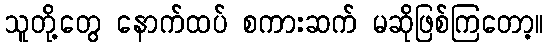
သူတို့တွေ နောက်ထပ် စကားဆက် မဆိုဖြစ်ကြတော့။